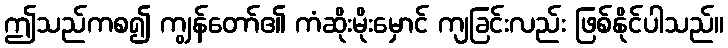
ဤသည်ကစ၍ ကျွန်တော်၏ ကံဆိုးမိုးမှောင် ကျခြင်းလည်း ဖြစ်နိုင်ပါသည်။